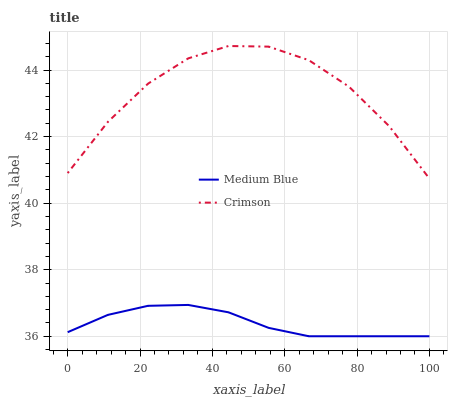
| xaxis_label | Medium Blue | Crimson |
 | --- | --- | --- |
 | 0 | 36.1 | 40.9 |
 | 11.1 | 36.6 | 42.4 |
 | 22.2 | 36.9 | 43.6 |
 | 33.3 | 36.9 | 44.4 |
 | 44.4 | 36.7 | 44.7 |
 | 55.6 | 36.3 | 44.7 |
 | 66.7 | 36 | 44.3 |
 | 77.8 | 36 | 43.5 |
 | 88.9 | 36 | 42.3 |
 | 100 | 36 | 40.7 |